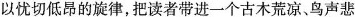
以忧切低昂的旋律，把读者带进一个古木荒凉、鸟声悲